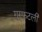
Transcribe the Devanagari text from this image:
गुरफटली